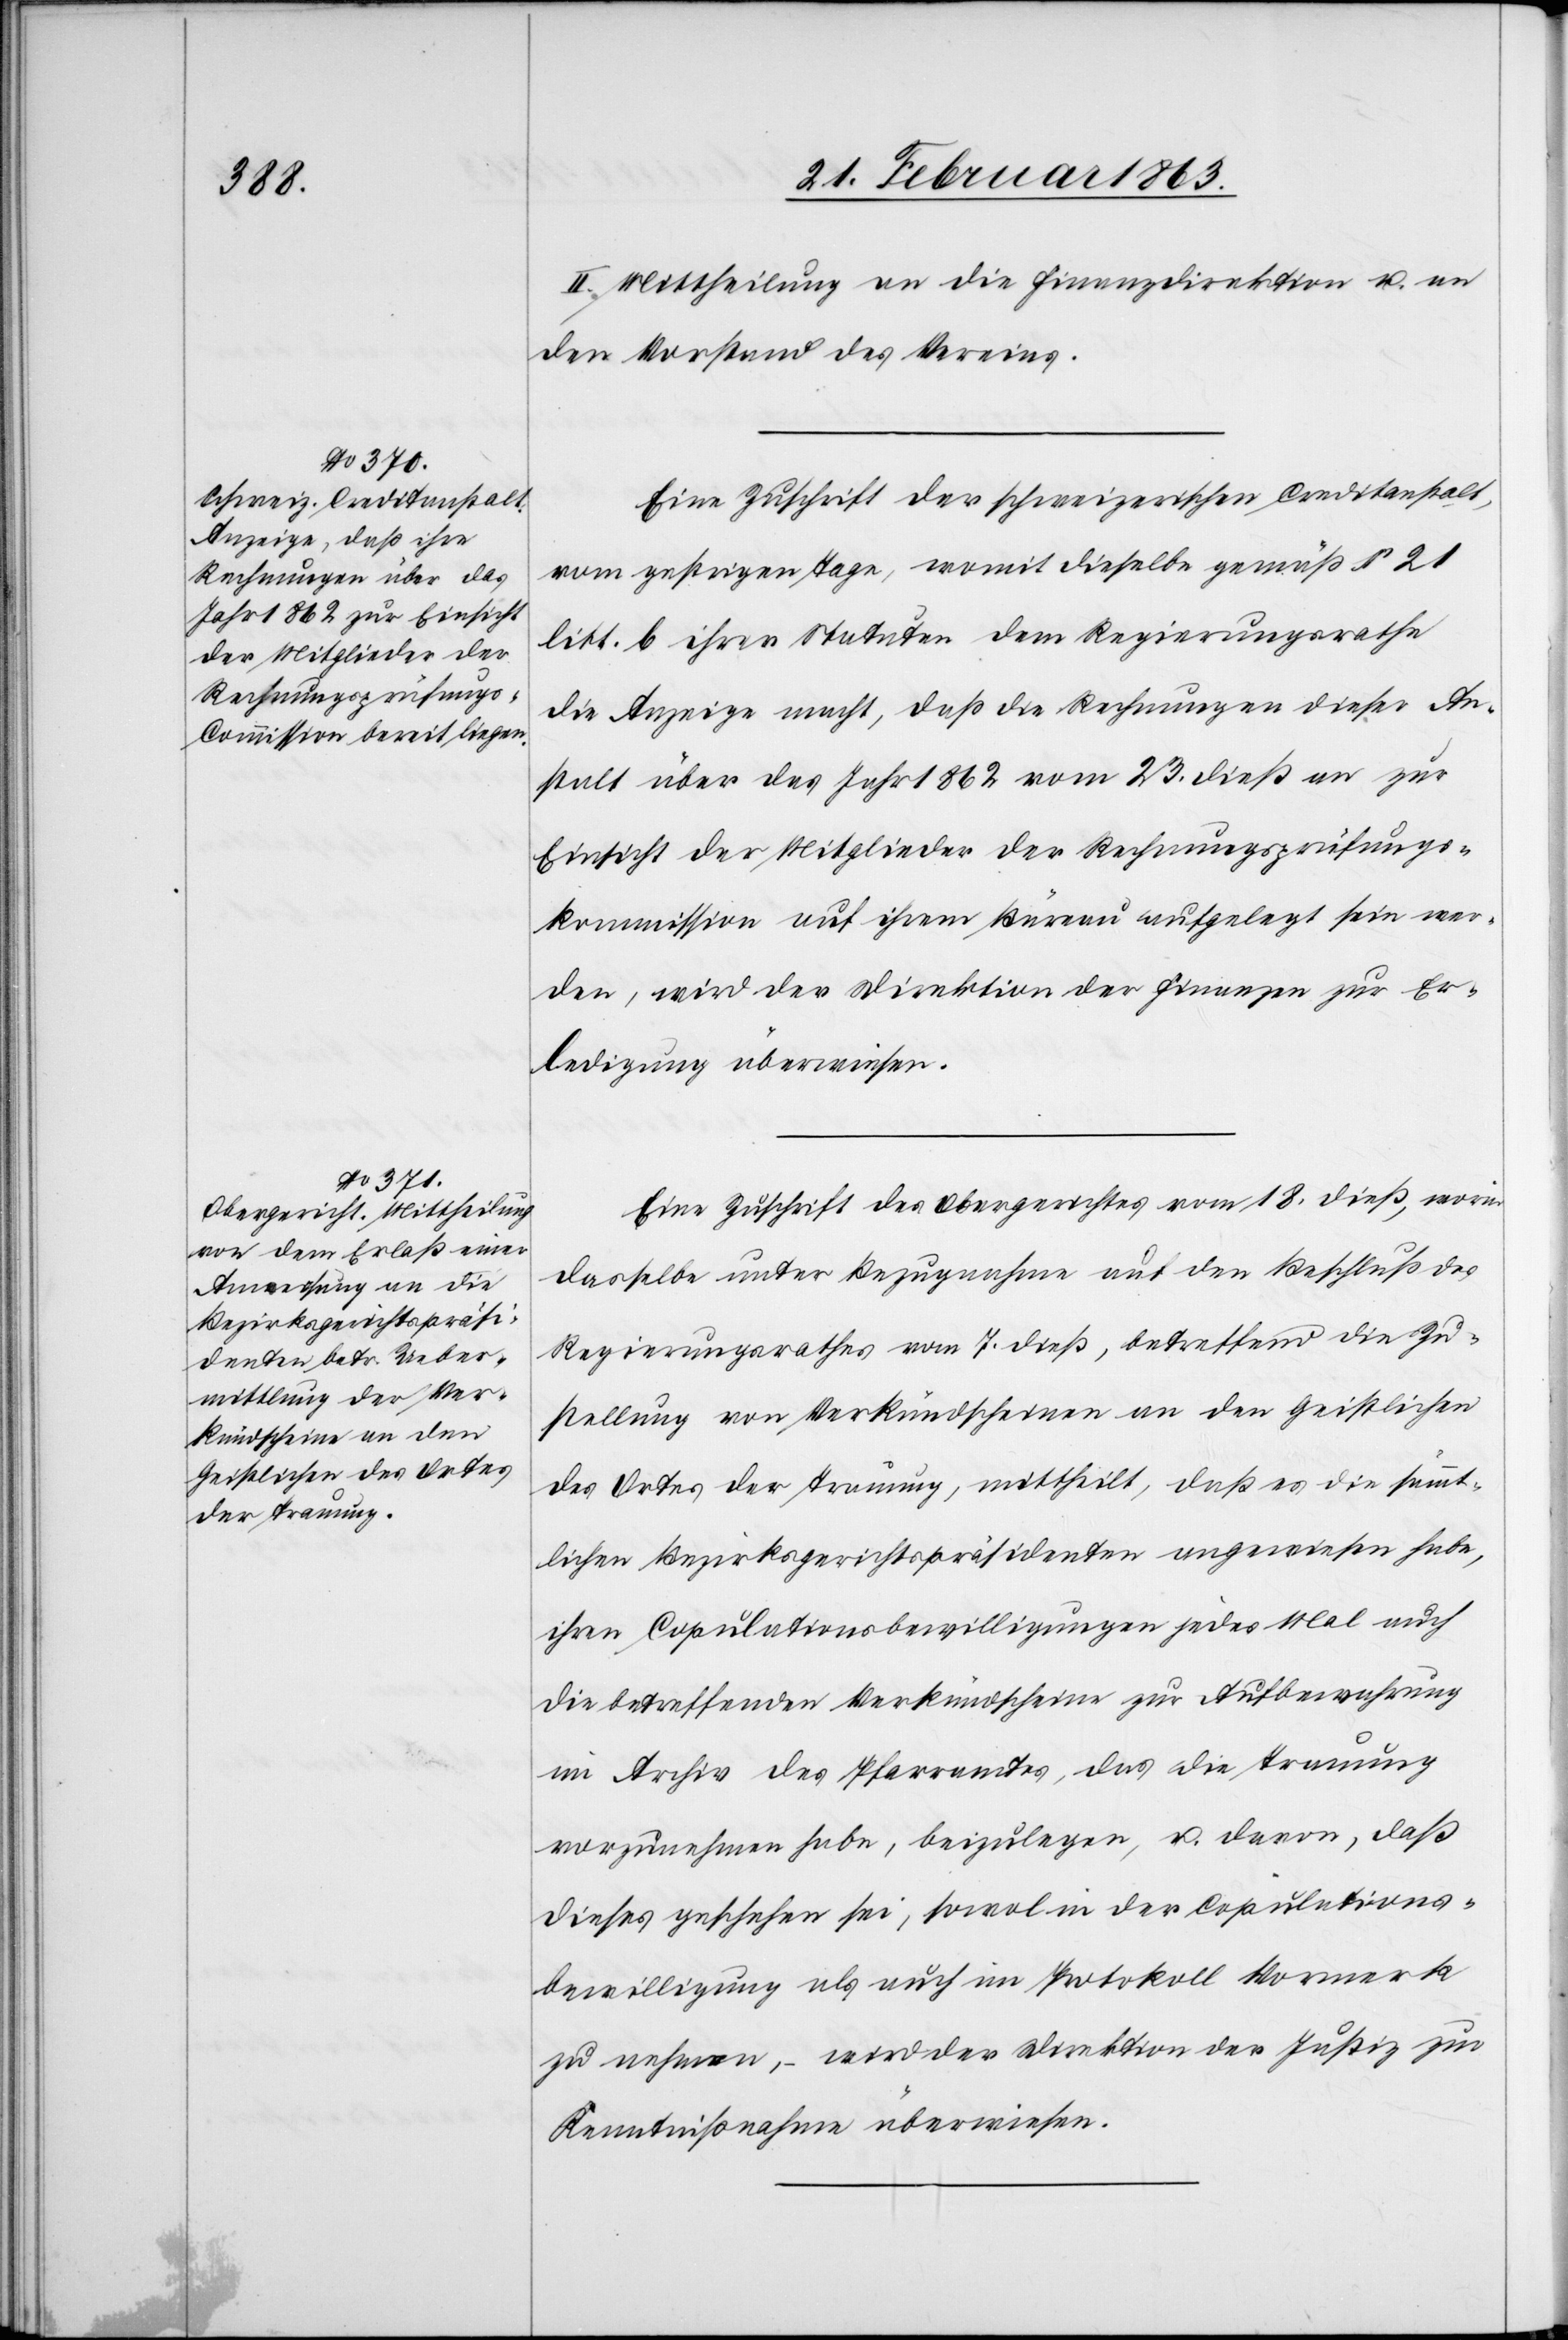
II. Mittheilung an die Finanzdirektion u. an
den Vorstand des Vereins.
Eine Zuschrift der schweizerischen Creditanstalt,
vom gestrigen Tage, womit dieselbe gemäß § 21
litt. b ihrer Statuten dem Regierungsrathe
die Anzeige macht, daß die Rechnungen dieser An¬
stalt über das Jahr 1862 vom 23. dieß an zur
Einsicht der Mitglieder der Rechnungsprüfungs¬
kommission auf ihrem Büreau aufgelegt sein wer¬
den, wird der Direktion der Finanzen zur Er¬
ledigung überwiesen.
Eine Zuschrift des Obergerichtes vom 18. dieß, worin
dasselbe unter Bezugnahme auf den Beschluß des
Regierungsrathes vom 7. dieß, betreffend die Zu¬
stellung von Verkündscheinen an den Geistlichen
des Ortes der Trauung, mittheilt, daß es die sämmt¬
lichen Bezirksgerichtspräsidenten angewiesen habe,
ihren Copulationsbewilligungen jedes Mal auch
die betreffenden Verkündscheine zur Aufbewahrung
im Archiv des Pfarramtes, das die Trauung
vorzunehmen habe, beizulegen, u. davon, daß
dieses geschehen sei, sowol in der Copulations¬
bewilligung als auch im Protokoll Vormerk
zu nehmen, – wird der Direktion der Justiz zur
Kenntnißnahme überwiesen.